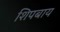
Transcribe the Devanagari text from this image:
शिपबाय